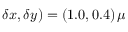
\delta x , \delta y ) = ( 1 . 0 , 0 . 4 ) \, \mu